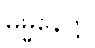
ဓမ္မနေတ္တိ